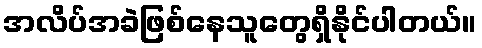
အလိပ်အခဲဖြစ်နေသူတွေရှိနိုင်ပါတယ်။